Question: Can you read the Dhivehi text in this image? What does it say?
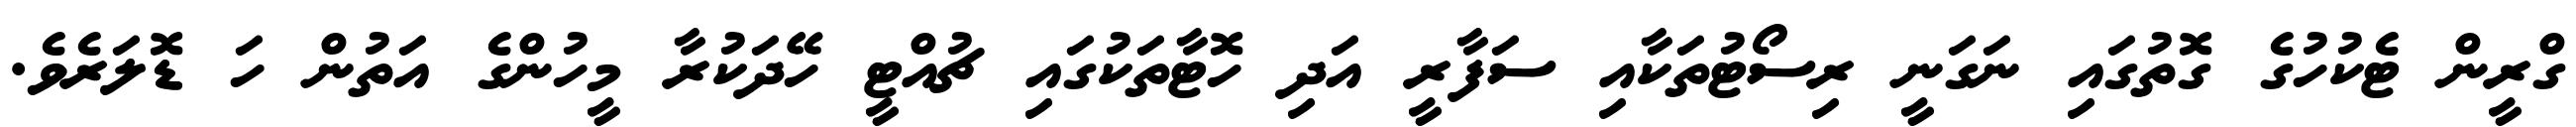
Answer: ގްރީން ޓެކުހުގެ ގޮތުގައި ނަގަނީ ރިސޯޓުތަކާއި ސަފާރީ އަދި ހޮޓާތަކުގައި ޗުއްޓީ ހޭދަކުރާ މީހުންގެ އަތުން ހަ ޑޮލަރެވެ.